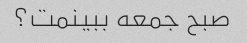
صبح جمعه ببینمت؟